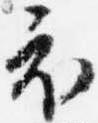
衣